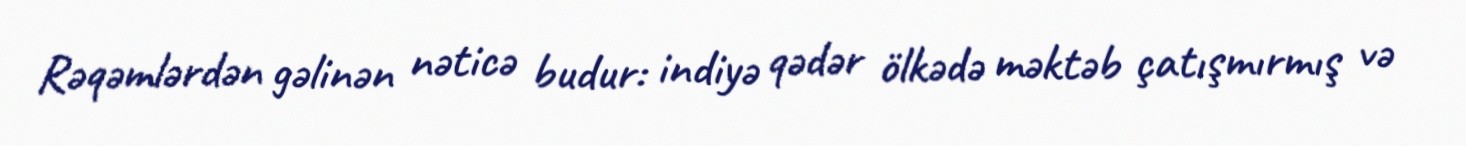
Rəqəmlərdən gəlinən nəticə budur: indiyə qədər ölkədə məktəb çatışmırmış və